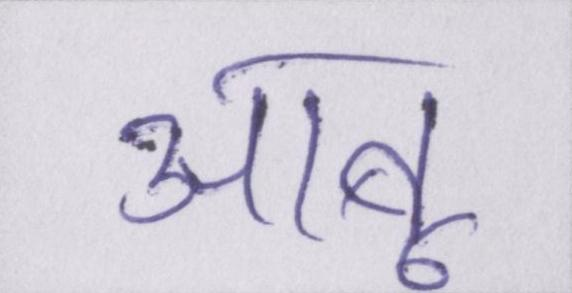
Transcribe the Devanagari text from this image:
आबू